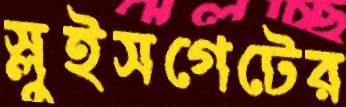
স্লুইসগেটের